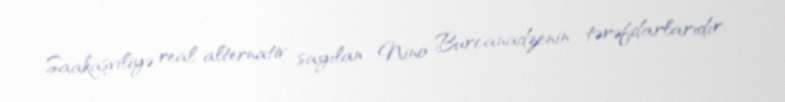
Saakaşviliyə real alternativ sayılan Nino Burcanadzenin tərəfdarlarıdır.